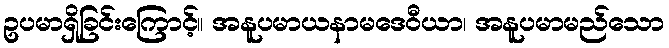
ဥပမာရှိခြင်းကြောင့်။ အနူပမာယနာမဒေဝီယာ၊ အနူပမာမည်သော